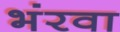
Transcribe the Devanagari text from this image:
भंरवा